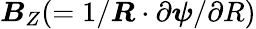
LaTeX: \boldsymbol{B}_{Z}(=1/\boldsymbol{R}\cdot\partial\boldsymbol{\psi}/\partial R)